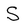
Character: S